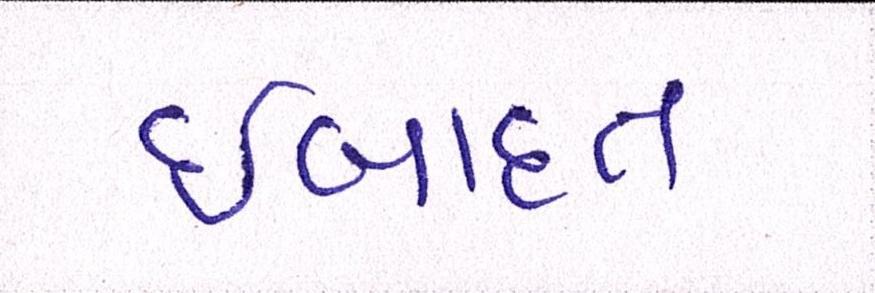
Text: ઈબાદત